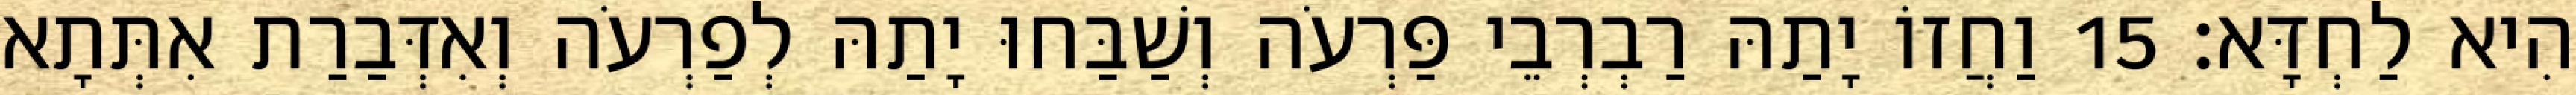
הִיא לַחְדָּא׃ 15 וַחֲזוֹ יָתַהּ רַבְרְבֵי פַּרְעֹה וְשַׁבַּחוּ יָתַהּ לְפַרְעֹה וְאִדְּבַרַת אִתְּתָא